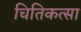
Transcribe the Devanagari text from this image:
चितिकत्सा